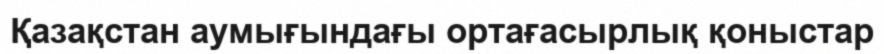
Қазақстан аумығындағы ортағасырлық қоныстар